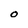
Character: O